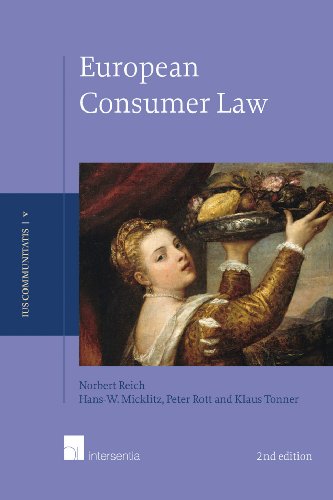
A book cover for European Consumer Law: Second edition (Ius Communitatis); Norbert Reich; Law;